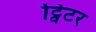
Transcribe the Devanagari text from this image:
ट्विटर